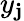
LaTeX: y_{\mathbf{j}}